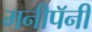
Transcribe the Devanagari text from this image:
मनीपॅनी